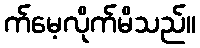
က်မေ့လိုက်မိသည်။